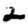
Digit: 2